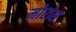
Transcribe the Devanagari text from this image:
मोरोस